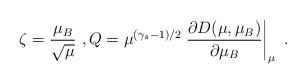
LaTeX: \begin{align*}\zeta=\frac{\mu_B}{\sqrt{\mu}}\ ,Q=\mu^{(\gamma_s-1)/2}\left.\frac{\partial D(\mu,\mu_B)}{\partial \mu_B}\right|_{\mu}\ .\end{align*}